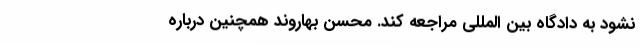
نشود به دادگاه بین المللی مراجعه کند. محسن بهاروند همچنین درباره